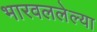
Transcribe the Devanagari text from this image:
भारवललेल्या